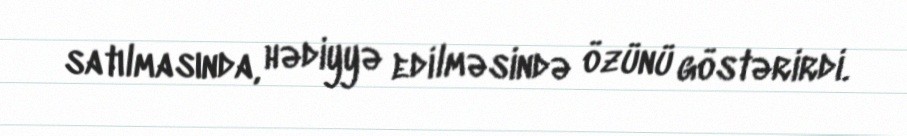
satılmasında, hədiyyə edilməsində özünü göstərirdi.